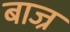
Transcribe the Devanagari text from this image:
बाज्र